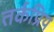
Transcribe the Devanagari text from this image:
तर्कप्रिय